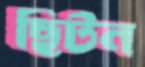
ছিটন